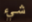
شيء